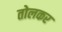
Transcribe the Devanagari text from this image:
तोलकर